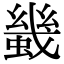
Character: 𧎶